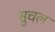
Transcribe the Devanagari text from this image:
सुचलं